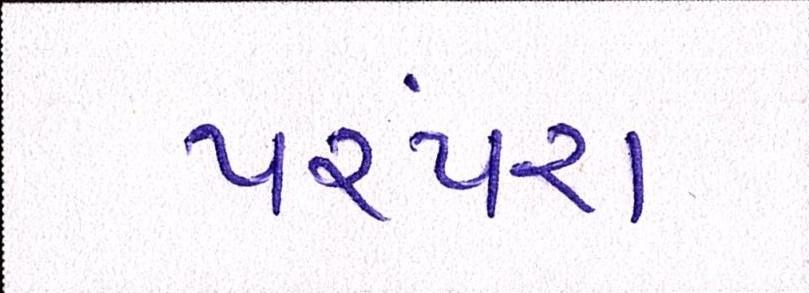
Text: પરંપરા